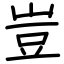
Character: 豈